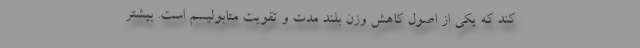
کند که یکی از اصول کاهش وزن بلند مدت و تقویت متابولیسم است. بیشتر